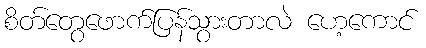
စိတ်တွေဖောက်ပြန်သွားတာလဲ ဟေ့ကောင်